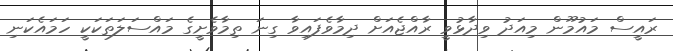
ރައީސް މައުމޫން މިއަދު ވިދާޅުވީ ރާއްޖެއަށް ދިމާވެފައިވާ ގިނަ ތިމާވެށީގެ މައްސަލަތަކަކީ ހަމައެކަނި